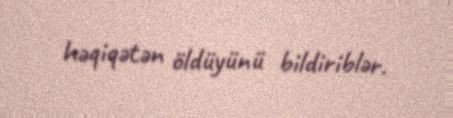
həqiqətən öldüyünü bildiriblər.